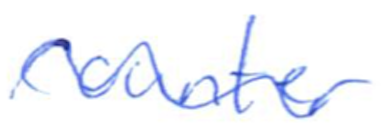
Text: counter
Cross-out: wave
Writing tool: ballpoint